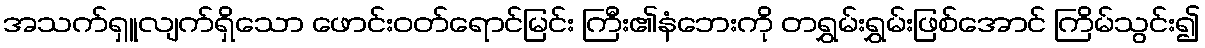
အသက်ရှူလျက်ရှိသော ဖောင်းဝတ်ရောင်မြင်း ကြီး၏နံဘေးကို တရွှမ်းရွှမ်းဖြစ်အောင် ကြိမ်သွင်း၍